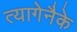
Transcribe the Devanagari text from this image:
त्यागेनैके